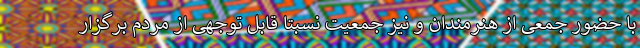
با حضور جمعی از هنرمندان و نیز جمعیت نسبتا قابل توجهی از مردم برگزار